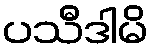
ပသီဒါမိ